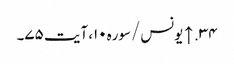
۳۴. ↑ یونس/سوره۱۰، آیت ۷۵۔